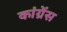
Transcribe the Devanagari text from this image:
कांग्रेंस